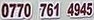
0770 761 4945